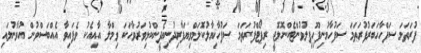
ފުރަތަމަ ސަފްހާހަބަރުފުރަތަމަ ސަފުހާމުނިފޫހިފިލުވުންޓެކްނޮލޮޖީ ރިޕޯޓްފުރަތަމަ ސަފުހާޚިޔާލުކޮލަމްވިޔަފާރިދުނިޔެދީންކުޅިވަރުވާހަކަ ވިމްލާ އާއިއެކު ވެފައިވާ އެއްބަސްވުން އުވާނުލައި